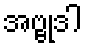
အဗ္ဗုဒါ